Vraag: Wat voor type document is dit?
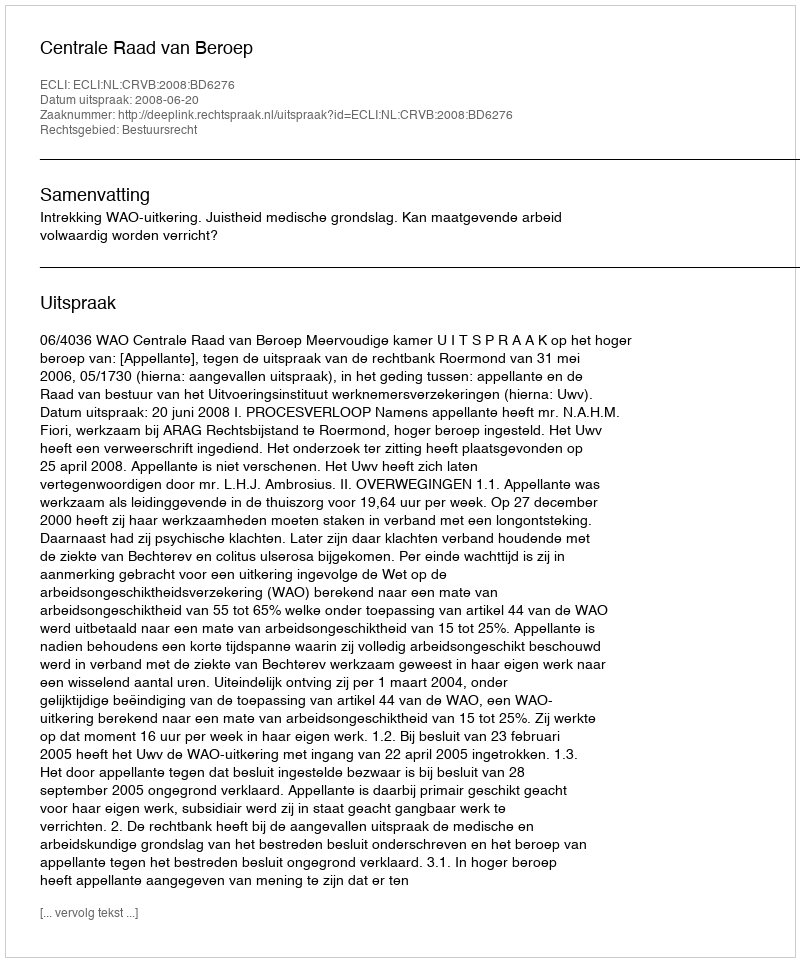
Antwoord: Uitspraak